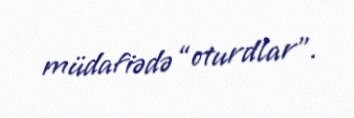
müdafiədə “oturdlar”.